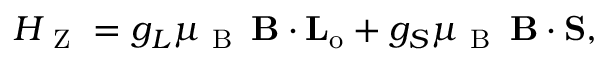
H _ { \mathrm { ~ Z ~ } } = g _ { L } \mu _ { \mathrm { ~ B ~ } } \, \mathbf { B } \cdot \mathbf { L _ { \mathrm { o } } } + g _ { S } \mu _ { \mathrm { ~ B ~ } } \, \mathbf { B } \cdot \mathbf { S } ,